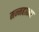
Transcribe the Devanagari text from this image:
मन्महात्मा